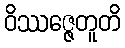
ဝိဿဇ္ဇေတူတိ